Vaccination in Bombay 1869-1873 - 1869-1873
Year: 1869
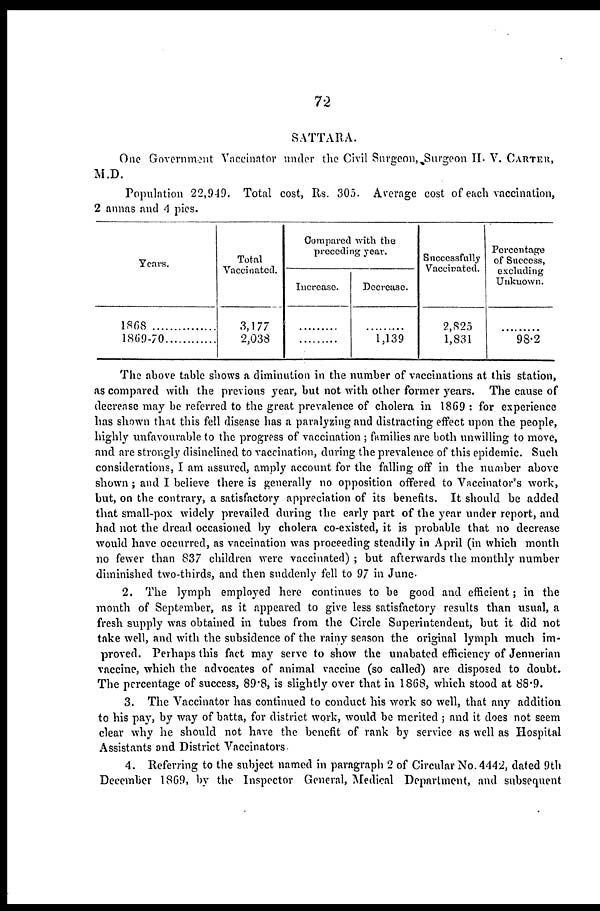
72
SATTARA.
One Government Vaccinator under the Civil Surgeon, Surgeon H. V. CARTER,
M.D.
Population 22,949. Total cost, Rs. 305. Average cost of each vaccination,
2 annas and 4 pies.
Years.
1868
..................
1869-70...............
Total
Vaccinated.
3,177
2,033
Compared with the
preceding year.
Increase.
.........
.........
Decrease.
.........
1,139
Successfully
Vaccinated.
2,825
1,831
Percentage
of Success,
excluding
Unknown.
.........
98.2
The above table shows a diminution in the number of vaccinations at this station,
as compared with the previous year, but not with other former years. The cause of
decrease may be referred to the great prevalence of cholera in 1869 : for experience
has shown that this fell disease has a paralyzing and distracting effect upon the people,
highly unfavourable to the progress of vaccination ; families are both unwilling to move,
and are strongly disinclined to vaccination, during the prevalence of this epidemic. Such
considerations, I am assured, amply account for the falling off in the number above
shown; and I believe there is generally no opposition offered to Vaccinator's work,
but, on the contrary, a satisfactory appreciation of its benefits. It should be added
that small-pox widely prevailed during the early part of the year under report, and
had not the dread occasioned by cholera co-existed, it is probable that no decrease
would have occurred, as vaccination was proceeding steadily in April (in which month
no fewer than 837 children were vaccinated) ; but afterwards the monthly number
diminished two-thirds, and then suddenly fell to 97 in June.
2. The lymph employed here continues to be good and efficient; in the
month of September, as it appeared to give less satisfactory results than usual, a
fresh supply was obtained in tubes from the Circle Superintendent, but it did not
take well, and with the subsidence of the rainy season the original lymph much im-
proved. Perhaps this fact may serve to show the unabated efficiency of Jennerian
vaccine, which the advocates of animal vaccine (so called) are disposed to doubt.
The percentage of success, 89.8, is slightly over that in 1868, which stood at 88.9.
3. The Vaccinator has continued to conduct his work so well, that any addition
to his pay, by way of batta, for district work, would be merited ; and it does not seem
clear why he should not have the benefit of rank by service as well as Hospital
Assistants and District Vaccinators.
4. Referring to the subject named in paragraph 2 of Circular No. 4442, dated 9th
December 1869, by the Inspector General, Medical Department, and subsequent